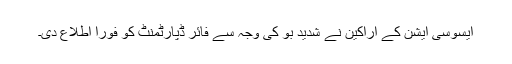
ایسوسی ایشن کے اراکین نے شدید بو کی وجہ سے فائر ڈپارٹمنٹ کو فوراً اطلاع دی۔